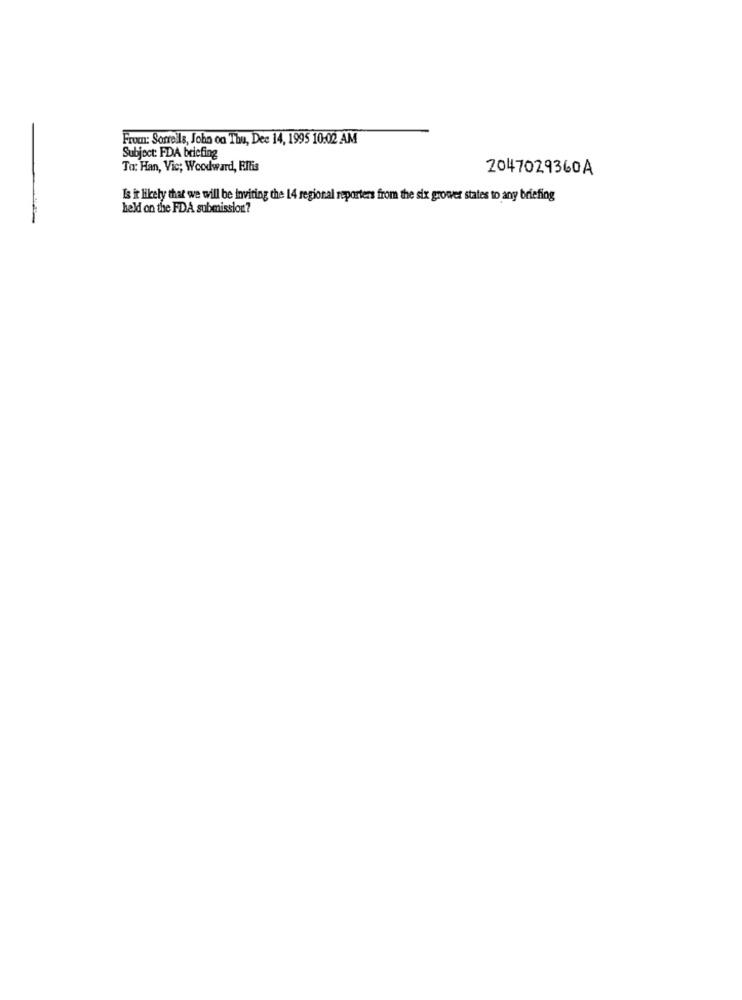
From: Sorrells, John on Thu, Dee 14, 1995 10:02 AM
Subject: FDA briefing
To: Han, Vic; Woodward, Eltis
2047029360A
Is it likely that we will be inviting the 14 regional reporters from the six grower states to any briefing
held on the FDA submission?